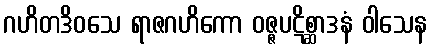
ဂဟိတဒိဝသေ ရာဇဂဟိကော ဝဇ္ဇပဋိစ္ဆာဒနံ ဝါသေန